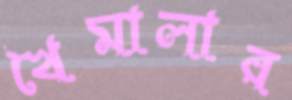
খৈমালার